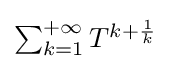
{\textstyle \sum _{k=1}^{+\infty }T^{k+{\frac {1}{k}}}}